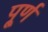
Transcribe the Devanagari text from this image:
पू्र्ण